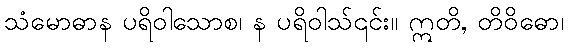
သံမောဓာန ပရိဝါသောစ၊ န ပရိဝါသ်၎င်း။ ဣတိ, တိဝိဓော၊